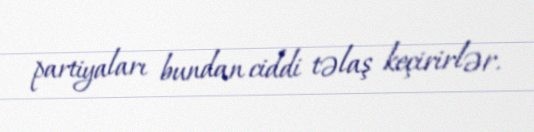
partiyaları bundan ciddi təlaş keçirirlər.